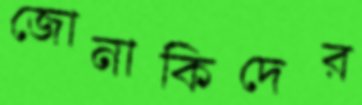
জোনাকিদের